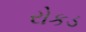
રોકડ